Treatise on elephants
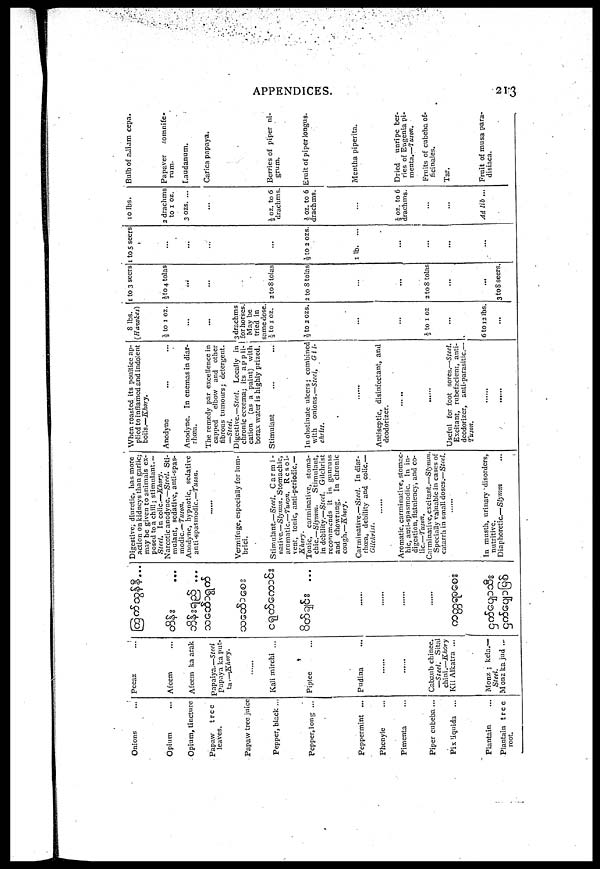
APPENDICES.
213
Onions
Opium
Opium, tincture
Papaw
tree
leaves.
Papaw tree juice
Pepper, black ...
Pepper, long ...
Peppermint ...
Phenyle ...
Pimenta ...
Piper cubeba ...
Pix liquida
Plantain
Plantain tree
root.
Peeaz
Afeem
papaiya.—Steel
Papaya ka put-
ta—-Khory.
Kali mirchi ...
Piplee
Pudina
......
......
Cabaub chinee.
—Steel.
Sital
chini.—Khory
Kil Alkatra ...
Monz ; kela.—
Steel.
Monz ka jud ...
...
...
...
......
......
......
.......
go5cqjD§6
Digestive, diuretic, has more
action on kidneys than garlic;
may be given to animals ex-
posed to a chill ; stimulant.—
Steel. In colic—Khory.
Narcotic anodyne.—Steel. Sti-
mulant, sedative, anti-spas-
modic.— Tusan.
Anodyne, hypnotic, sedative
anti spasmodic.—Tuson.
.......
Vermifuge, especially for lum-
brici.
Stimulant.—Steel. Carmi-
native.— Slymm. Stomachic,
aromatic.—Twon.
Reso1-
vent, tonic, anti-periodic.—
Khory.
Tonic, carminative, stoma-
chic.—Slymm.
Stimulant,
in debility.—Steel. Gilchrist
recommends it in gunruss
and chow rung. In chronic
cough.—Khory.
Carminative.—Steel. In diar-
rhoea, debility and colic.—
Gilchrist.
......
Aromatic, carminative, stomac-
hic, anti-spasmodic. In in-
digestion, flatulency, and co-
lic.—Tuson.
Calminative, excitant.—Slymm.
Specially valuable in cases of
catarrh in small doses.—Steel.
.......
In musth, urinary disorders,
nutritive.
Diaphoretic.—Slymm
When roasted its poultice ap-
plied to inflamed and indolent
boils.—Khory.
Anodyne ... ...
Anodyne. In enemas in diar-
rhoea.
The remedy par excellence in
capped
elbow and other
fibrous tumours ; detergent.
—Steel.
Digestive.—Steel. Locally in
cation (as a paint) with
borax water is highly prized.
Stimulant ... ...
In obstinate ulcers; combined
with onions.—Steel, G i l-
christ.
......
Antiseptic, disinfectant, and
deodorizer.
......
......
Useful for foot sores.—Steel.
Excitant, rubefacient, anti-
deodorizer, anti-parasitic.—
Tuson.
.......
.......
8 lbs.
(Hawkes)
½ to 1 oz.
...
...
3 drachms
May be
tried in
same dose.
½ to 1 oz.
½ to 2 OZS.
...
...
½ to 1 oz
...
6 to 12 lbs.
...
1 to 3 seers
½ to 4 tolas
...
...
2 to 8 tolas
2 to 8 tolas
...
...
2 to 8 tolas
...
...
3 to 8 seers.
1 to 5 seers
...
...
...
...
½ to 2 ozs.
1 lb.
...
...
...
...
...
10 lbs.
2 drachms
to 1 oz.
3 ozs. ...
...
½ oz. to 6
drachms.
½ oz. to 6
drachms.
...
½ oz. to 6
drachms.
...
...
Ad lib ...
Bulb of adiam cepa.
Papaver
somnife-
rum.
Laudanum.
Carica papaya.
Berries of piper ni-
grum.
Eruit of piper Iongus.
Mentha piperita.
Dried
unripe ber-
ries of Eugenia pi-
menta.—Tuson.
Fruits of cubeba of-
ficinales.
Tar.
Fruit of musa para-
disiaca.